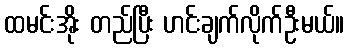
ထမင်းအိုး တည်ပြီး ဟင်းချက်လိုက်ဦးမယ်။